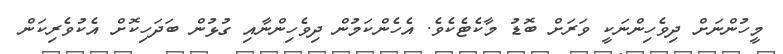
މީހުންނަށް ދިވެހިންނަކީ ވަަރަށް ބޮޑު މާކެޓެކެވެ. އެހެންކަމުން ދިވެހިންނާއި ގުޅުން ބަދަހިކޮށް އެކުވެރިކަން